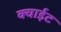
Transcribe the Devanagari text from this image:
क्वाईट